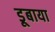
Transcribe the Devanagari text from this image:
डूबाया